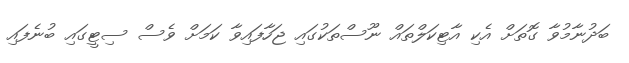
ބަދުނާމުވާ ގޮތަށް އެކި އާޓިކަލްތައް ނޫސްތަކުގައި ޖަހާފައިވާ ކަމަށް ވެސް ސިޓީގައި ބުނެފައި